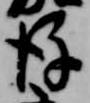
後